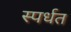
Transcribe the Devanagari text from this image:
स्पर्धत